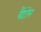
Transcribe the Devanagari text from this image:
पैंटोन